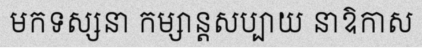
មកទស្សនា កម្សាន្តសប្បាយ នាឱកាស